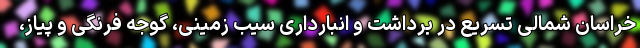
خراسان شمالی تسریع در برداشت و انبارداری سیب زمینی، گوجه فرنگی و پیاز،